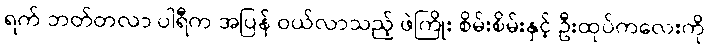
ရက် ဘတ်တလာ ပါရီက အပြန် ဝယ်လာသည့် ဖဲကြိုး စိမ်းစိမ်းနှင့် ဦးထုပ်ကလေးကို